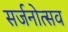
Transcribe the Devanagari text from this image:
सर्जनोत्सव